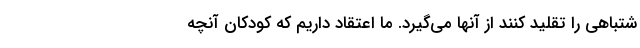
شتباهی را تقلید کنند از آنها می‌گیرد. ما اعتقاد داریم که کودکان آنچه